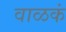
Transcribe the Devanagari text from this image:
वाळकं